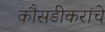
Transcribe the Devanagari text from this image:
कौसडीकरांचे